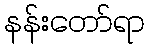
နန်းတော်ရာ